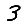
Digit: 3